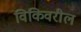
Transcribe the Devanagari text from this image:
विकिवरील